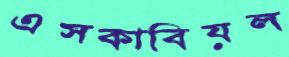
এসকাবিয়ল